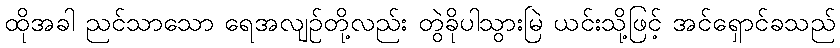
ထိုအခါ ညင်သာသော ရေအလျဉ်တို့လည်း တွဲခိုပါသွားမြဲ ယင်းသို့ဖြင့် အင်ရှောင်ခသည်